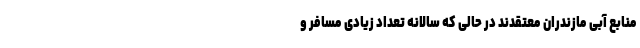
منابع آبی مازندران معتقدند در حالی که سالانه تعداد زیادی مسافر و